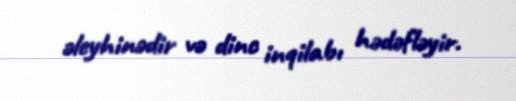
əleyhinədir və dinc inqilabı hədəfləyir.